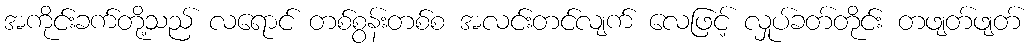
အကိုင်းခက်တို့သည် လရောင် တစ်စွန်းတစ်စ အလင်းတင်လျက် လေဖြင့် လှုပ်ခတ်တိုင်း တဖျတ်ဖျတ်